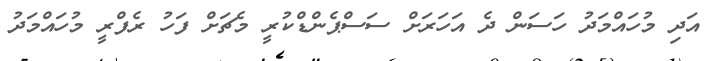
އަދި މުހައްމަދު ހަސަން ދެ އަހަރަށް ސަސްޕެންޑްކުރީ މެޗަށް ފަހު ރެފްރީ މުހައްމަދު